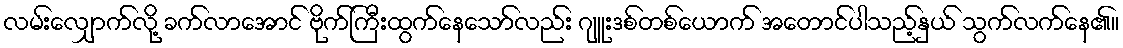
လမ်းလျှောက်လို့ ခက်လာအောင် ဗိုက်ကြီးထွက်နေသော်လည်း ဂျူးဒစ်တစ်ယောက် အတောင်ပါသည့်နှယ် သွက်လက်နေ၏။